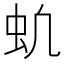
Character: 𬟵